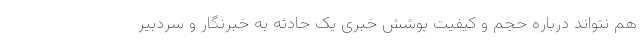
هم نتواند درباره حجم و کیفیت پوشش خبری یک حادثه به خبرنگار و سردبیر